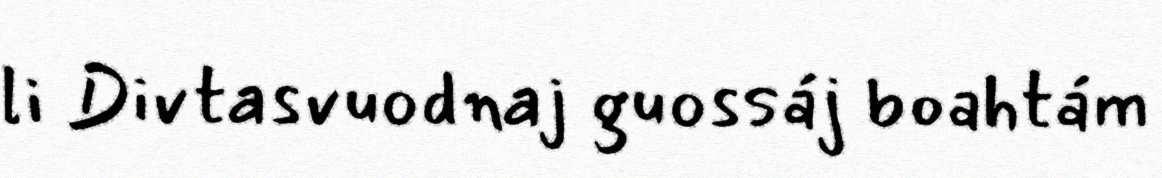
li Divtasvuodnaj guossáj boahtám